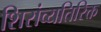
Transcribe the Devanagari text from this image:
शिरांव्यतिरिक्त